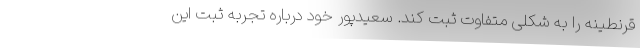
قرنطینه را به شکلی متفاوت ثبت کند. سعیدپور خود درباره تجربه ثبت این